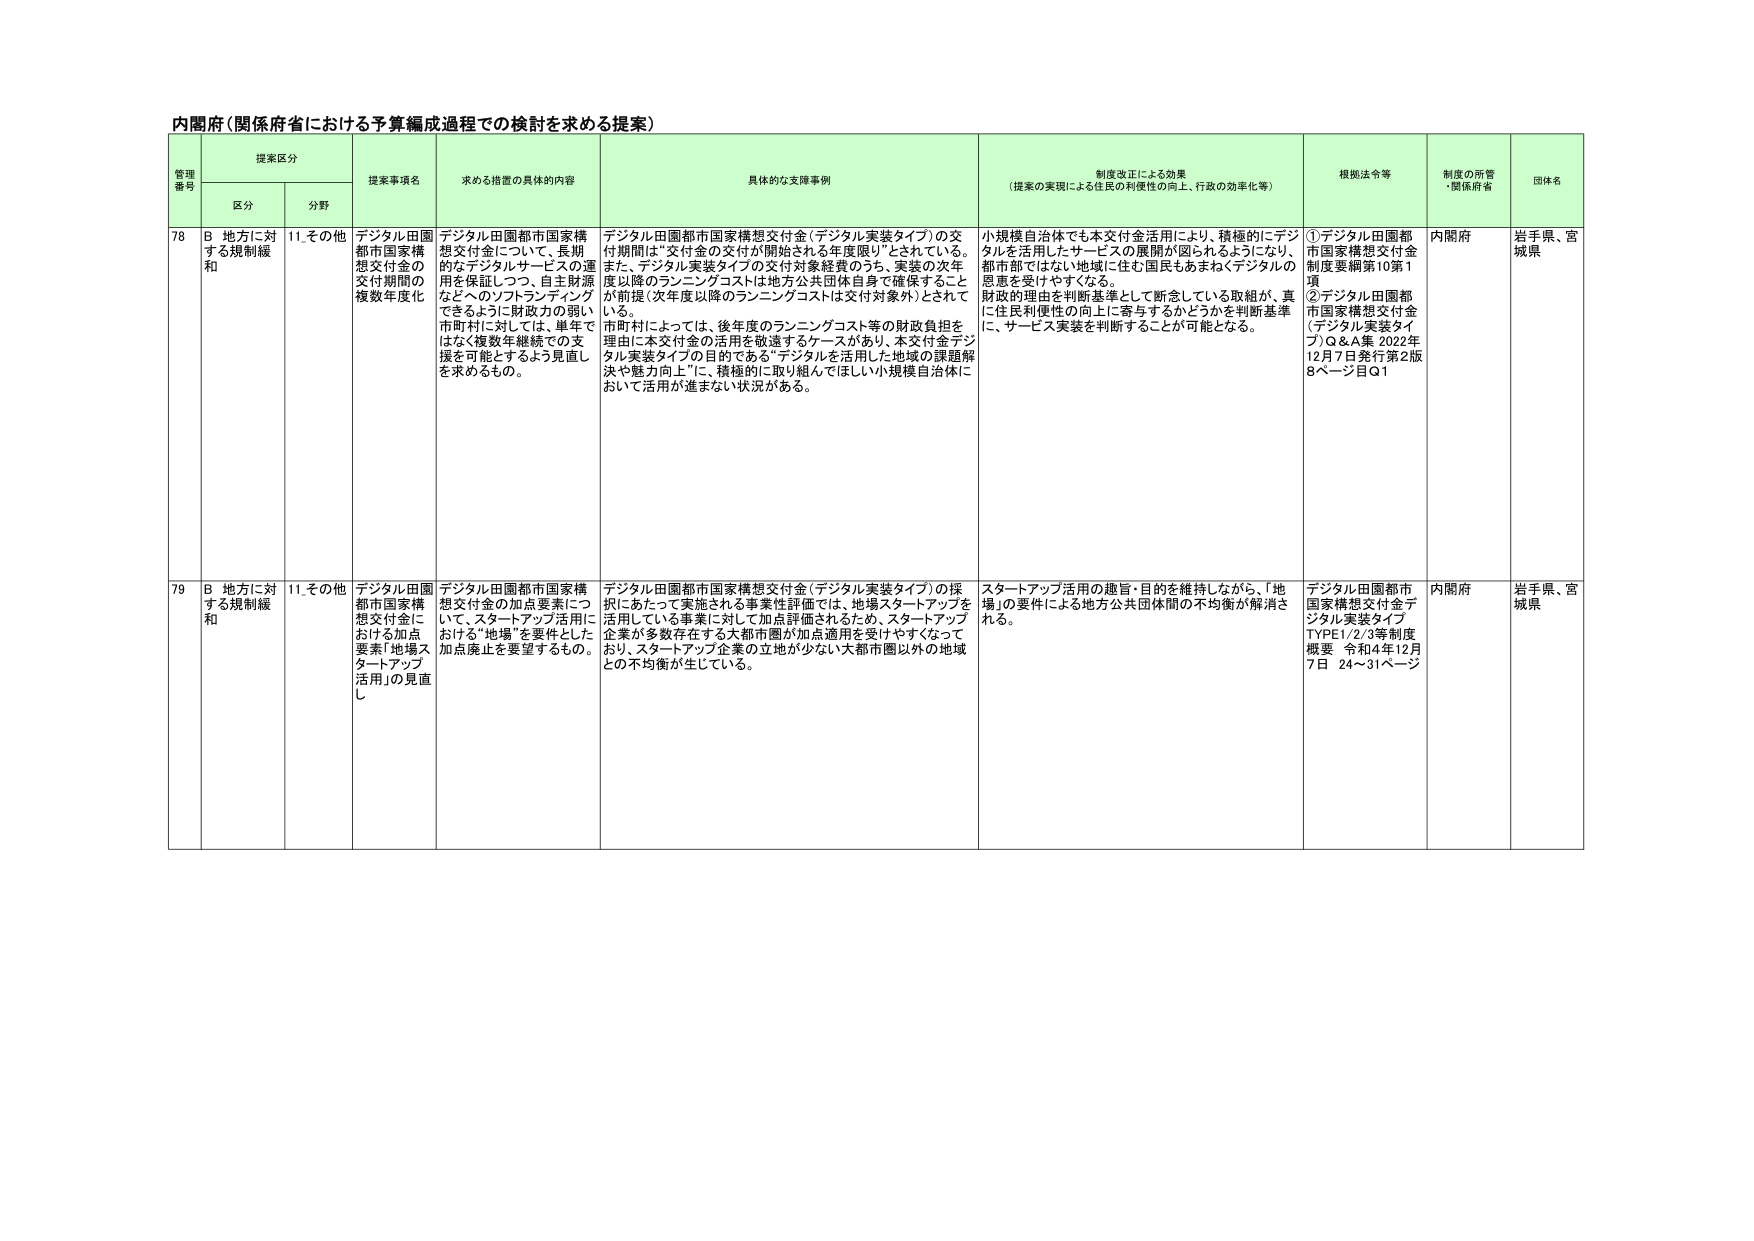
内閣府（関係府省における予算編成過程での検討を求める提案）

管理番号 提案区分 提案事項名 求める措置の具体的な内容 具体的な支援事例 制度改正による効果 （提案の実現による住民の利便性の向上、行政の効率化等） 根拠法令等 制度の所管・関係府省 団体名
区分 分野

78 B. 地方に対する規制緩和 11.その他 デジタル田園都市国家構想交付金の交付期間の複数年度化 デジタル田園都市国家構想交付金について、長期的なデジタルサービスの運用を保証しつつ、自主財源などへのソフトランディングできるように財政力の弱い市町村に対しては、単年ではなく複数年継続での支援を可能とするよう見直しを求めるもの。 デジタル田園都市国家構想交付金（デジタル実装タイプ）の交付期間は“交付金の交付が開始される年度限り”とされている。また、デジタル実装タイプの交付対象経費のうち、実装の次年度以降のランニングコストは地方公共団体自身で確保することを前提（次年度以降のランニングコストは交付対象外）とされている。市町村によっては、後年度のランニングコスト等の財政負担を理由に本交付金の活用を敬遠するケースがあり、本交付金デジタル実装タイプの目的である“デジタルを活用した地域の課題解決や魅力向上”に、積極的に取り組んでほしい小規模自治体において活用が進まない状況がある。 小規模自治体でも本交付金活用により、積極的にデジタルを活用したサービスの展開が図られるようになり、都市部ではない地域に住む国民もあまねくデジタルの恩恵を受けやすくなる。財政的理由を判断基準として断念している取組が、真に住民利便性の向上に寄与するかどうかを判断基準に、サービス実装を判断することが可能となる。 ①デジタル田園都市国家構想交付金制度要綱第10第1項 ②デジタル田園都市国家構想交付金（デジタル実装タイプ）Q＆A集 2022年12月7日発行第2版8ページ目Q1 内閣府 岩手県、宮城県

79 B. 地方に対する規制緩和 11.その他 デジタル田園都市国家構想交付金における加点要素「地場スタートアップ活用」の見直し デジタル田園都市国家構想交付金の加点要素について、スタートアップ活用における“地場”を要件とした加点廃止を要望するもの。 デジタル田園都市国家構想交付金（デジタル実装タイプ）の採択にあたって実施される事業性評価では、地場スタートアップを活用している事業に対して加点評価されるため、スタートアップ企業が多数存在する大都市圏が加点適用を受けやすくなっており、スタートアップ企業の立地が少ない大都市圏以外の地域との不均衡が生じている。 スタートアップ活用の趣旨・目的を維持しながら、「地場」の要件による地方公共団体間の不均衡が解消される。 デジタル田園都市国家構想交付金デジタル実装タイプTYPE1/2/3等制度概要 令和4年12月7日 24～31ページ 内閣府 岩手県、宮城県